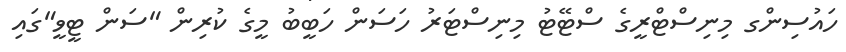
ހައުސިންގ މިނިސްޓްރީގެ ސްޓޭޓު މިނިސްޓަރު ހަސަން ހަބީބު މީގެ ކުރިން "ސަން ޓީވީ"ގައި